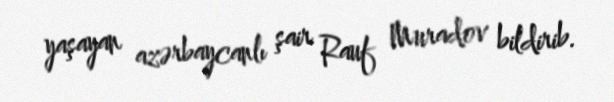
yaşayan azərbaycanlı şair Rauf Muradov bildirib.